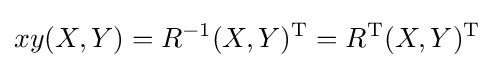
xy(X,Y)=R^{-1}(X,Y)^{\text{T}}=R^{\text{T}}(X,Y)^{\text{T}}